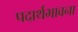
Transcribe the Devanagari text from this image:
पदार्थभावना